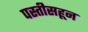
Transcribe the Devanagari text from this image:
पस्‍तीसहून